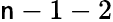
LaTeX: \mathsf{n}-1-2